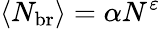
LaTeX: \langle N_{\mathrm{br}}\rangle=\alpha N^{\varepsilon}